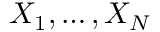
X _ { 1 } , \ldots , X _ { N }